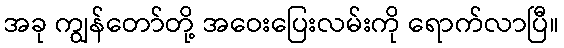
အခု ကျွန်တော်တို့ အဝေးပြေးလမ်းကို ရောက်လာပြီ။